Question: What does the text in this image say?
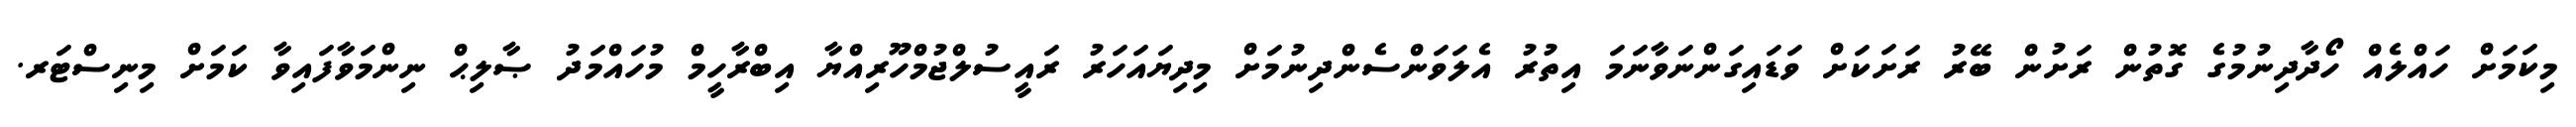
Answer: މިކަމަށް ހައްލެއް ހޯދާދިނުމުގެ ގޮތުން ރަށުން ބޭރު ރަށަކަށް ވަޑައިގަންނަވާނަމަ އިތުރު އެލަވަންސެންދިނުމަށް މިދިޔައަހަރު ރައީސުލްޖުމްހޫރިއްޔާ އިބްރާހީމް މުހައްމަދު ޞާލިޙް ނިންމަވާފައިވާ ކަމަށް މިނިސްޓަރ.